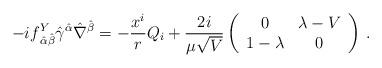
LaTeX: \begin{align*}-if^Y_{\,\hat\alpha\hat\beta}\hat\gamma^{\hat\alpha}\hat\nabla^{\hat\beta}=-\frac{x^i}{r} Q_{i}+\frac{2i}{\mu\sqrt{V}}\left(\begin{array}{cc}0&\lambda-V\\1-\lambda&0\end{array}\right)\,.\end{align*}